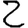
Digit: 2